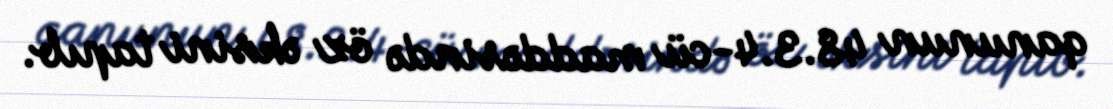
qanunun 48.3.4-cü maddəsində öz əksini tapıb.